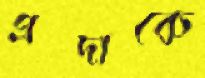
প্রদাকে